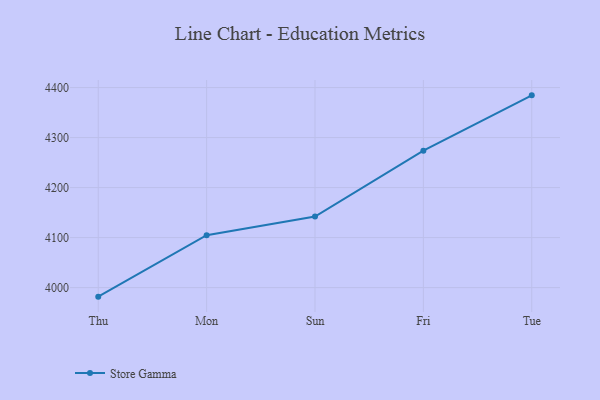
{"axis": {"x": "Day", "y": "Energy Usage (MWh)"}, "legend": ["Store Gamma"], "data": [{"x": "Thu", "y": 3981.9, "type": "Store Gamma"}, {"x": "Mon", "y": 4104.8, "type": "Store Gamma"}, {"x": "Sun", "y": 4142.2, "type": "Store Gamma"}, {"x": "Fri", "y": 4273.7, "type": "Store Gamma"}, {"x": "Tue", "y": 4384.4, "type": "Store Gamma"}]}